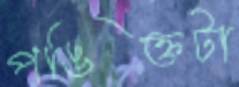
পঙিক্তটা